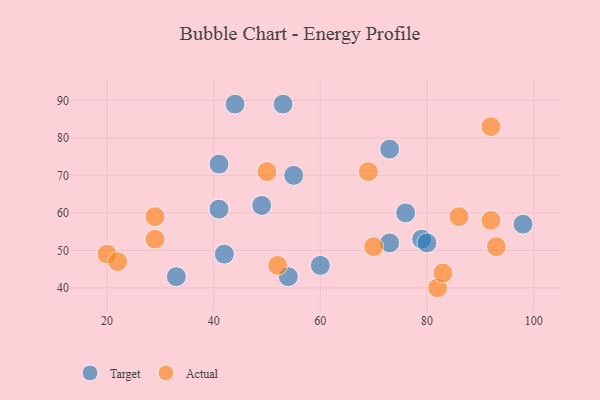
{"axis": {"x": "GDP", "y": "Life Expectancy"}, "legend": ["Actual", "Target"], "data": [{"x": "73", "y": 52, "type": "Target"}, {"x": "98", "y": 57, "type": "Target"}, {"x": "42", "y": 49, "type": "Target"}, {"x": "79", "y": 53, "type": "Target"}, {"x": "80", "y": 52, "type": "Target"}, {"x": "54", "y": 43, "type": "Target"}, {"x": "44", "y": 89, "type": "Target"}, {"x": "53", "y": 89, "type": "Target"}, {"x": "73", "y": 77, "type": "Target"}, {"x": "60", "y": 46, "type": "Target"}, {"x": "41", "y": 61, "type": "Target"}, {"x": "49", "y": 62, "type": "Target"}, {"x": "41", "y": 73, "type": "Target"}, {"x": "33", "y": 43, "type": "Target"}, {"x": "55", "y": 70, "type": "Target"}, {"x": "76", "y": 60, "type": "Target"}, {"x": "92", "y": 58, "type": "Actual"}, {"x": "70", "y": 51, "type": "Actual"}, {"x": "20", "y": 49, "type": "Actual"}, {"x": "82", "y": 40, "type": "Actual"}, {"x": "93", "y": 51, "type": "Actual"}, {"x": "50", "y": 71, "type": "Actual"}, {"x": "69", "y": 71, "type": "Actual"}, {"x": "92", "y": 83, "type": "Actual"}, {"x": "22", "y": 47, "type": "Actual"}, {"x": "52", "y": 46, "type": "Actual"}, {"x": "29", "y": 53, "type": "Actual"}, {"x": "29", "y": 59, "type": "Actual"}, {"x": "83", "y": 44, "type": "Actual"}, {"x": "86", "y": 59, "type": "Actual"}]}